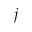
j